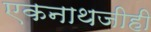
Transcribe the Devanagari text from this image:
एकनाथजीही